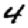
Digit: 4